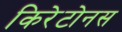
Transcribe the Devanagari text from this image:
किरेटोनस